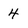
Character: 4